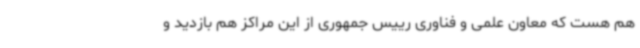
هم هست که معاون علمی و فناوری رییس جمهوری از این مراکز هم بازدید و